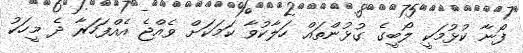
ފޯނާ ކުޅުމަކީ ލޯބީގެ ގުޅުންތައް ހަލާކުވާ ކަމަކަށް ވެއްޖެ އެއްފަހަރާ ދެ މީހަކު